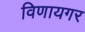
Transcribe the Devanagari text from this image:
विणायगर